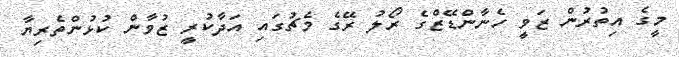
މީގެ އިތުރުން ޒަވީ ހެނާންޑޭޒްގެ ރޯލު ރޭގެ މެޗުގައި އަދާކުރީ ޒުވާން ކުޅުންތެރިޔާ